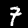
Label: 7